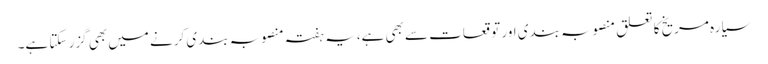
سیارہ مریخ کا تعلق منصوبہ بندی اور توقعات سے بھی ہے،یہ ہفتہ منصوبہ بندی کرنے میں بھی گزر سکتا ہے۔